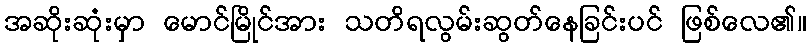
အဆိုးဆုံးမှာ မောင်မြိုင်အား သတိရလွမ်းဆွတ်နေခြင်းပင် ဖြစ်လေ၏။